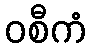
ဝစီကံ